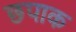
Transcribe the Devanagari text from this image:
छपाक